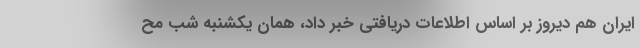
ایران هم دیروز بر اساس اطلاعات دریافتی خبر داد، همان یکشنبه شب مح